Lunatic asylums Punjab 1868-1880 - 1868-1880
Year: 1868
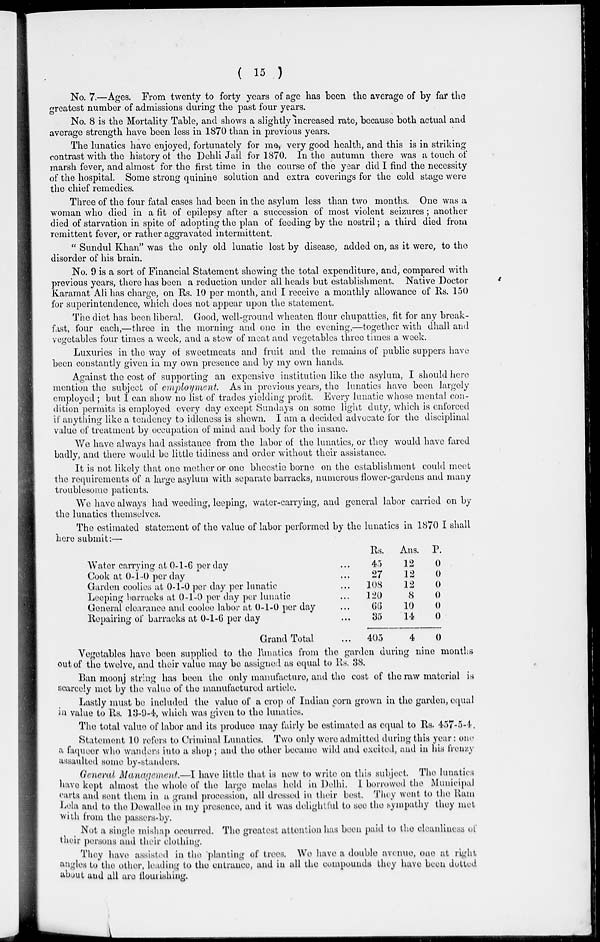
( 15 )
No. 7.—Ages. From twenty to forty years of age has been the average of by far the
greatest number of admissions during the past four years.
No. 8 is the Mortality Table, and shows a slightly increased rate, because both actual and
average strength have been less in 1870 than in previous years.
The lunatics have enjoyed, fortunately for me, very good health, and this is in striking
contrast with the history of the Dehli Jail for 1870. In the autumn there was a touch of
marsh fever, and almost for the first time in the course of the year did I find the necessity
of the hospital. Some strong quinine solution and extra coverings for the cold stage were
the chief remedies.
Three of the four fatal cases had been in the asylum less than two months. One was a
woman who died in a fit of epilepsy after a succession of most violent seizures; another
died of starvation in spite of adopting the plan of feeding by the nostril; a third died from
remittent fever, or rather aggravated intermittent.
" Sundul Khan" was the only old lunatic lost by disease, added on, as it were, to the
disorder of his brain.
No. 9 is a sort of Financial Statement showing the total expenditure, and, compared with
previous years, there has been a reduction under all heads but establishment. Native Doctor
Karamat Ali has charge, on Rs. 10 per month, and I receive a monthly allowance of Rs. 150
for superintendence, which does not appear upon the statement.
The diet has been liberal. Good, well-ground wheaten flour chupatties, fit for any break-
fast, four each,—three in the morning and one in the evening,—together with dhall and
vegetables four times a week, and a stew of meat and vegetables three times a week.
Luxuries in the way of sweetmeats and fruit and the remains of public suppers have
been constantly given in my own presence and by my own hands.
Against the cost of supporting an expensive institution like the asylum, I should here
mention the subject of employment.
As in previous years, the lunatics have been largely
employed ; but I can show no list of trades yielding profit. Every lunatic whose mental con-
dition permits is employed every day except Sundays on some light duty, which is enforced
if anything like a tendency to idleness is shewn. I am a decided advocate for the disciplinal
value of treatment by occupation of mind and body for the insane.
We have always had assistance from the labor of the lunatics, or they would have fared
badly, and there would be little tidiness and order without their assistance.
It is not likely that one mother or one bheestie borne on the establishment could meet
the requirements of a large asylum with separate barracks, numerous flower-gardens and many
troublesome patients.
We have always had weeding, leeping, water-carrying, and general labor carried on by
the lunatics themselves.
The estimated statement of the value of labor performed by the lunatics in 1870 I shall
here submit:—
Water carrying at 0-1-6 per day ...
Cook at 0-1-0 per day ...
Garden coolies at 0-1-0 per day per lunatic ...
Leeping barracks at 0-1-0 per day per lunatic ...
General clearance and coolee labor at 0-1-0 per day ...
Repairing of barracks at 0-1-6 per day ...
Grand Total ...
Rs.
45
27
108
120
66
35
405
Ans.
12
12
12
8
10
14
4
P.
0
0
0
0
0
0
0
Vegetables have been supplied to the lunatics from the garden during nine months
out of the twelve, and their value may bo assigned as equal to Rs. 38.
Ban moonj string has been the only manufacture, and the cost of the raw material is
scarcely met by the value of the manufactured article.
Lastly must be included the value of a crop of Indian corn grown in the garden, equal
in value to Us. 13-0-4, which was given to the lunatics.
The total value of labor and its produce may fairly bo estimated as equal to Us. 457-5-4.
Statement 10 refers to Criminal Lunatics. Two only were admitted during this year: one
a faqueer who wanders into a shop; and the other became wild and excited, and in his frenzy
assaulted some by-standers.
General Manargement.—I have little that is new to write on this subject. The lunatics
have kept almost the whole of the large melas held in Delhi. I borrowed the Municipal
carts and sent them in a grand procession, all dressed in their best. They went to the Ram
Lola and to the Dewallee in my presence, and it was delightful to see the sympathy they met
with from the passers-by.
Not a single mishap occurred. The greatest attention has been paid to the cleanliness of
their persons and their clothing.
They have assisted in the planting of trees. We have a double avenue, one at right
angles to the other, leading to the entrance, and in all the compounds they have been dotted
about and all are flourishing.